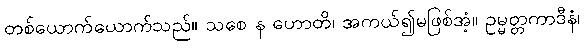
တစ်ယောက်ယောက်သည်။ သစေ န ဟောတိ၊ အကယ်၍မဖြစ်အံ့။ ဥမ္မတ္တကာဒီနံ၊